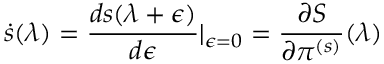
\dot { s } ( \lambda ) = \frac { d s ( \lambda + \epsilon ) } { d \epsilon } \vert _ { \epsilon = 0 } = \frac { \partial S } { \partial \pi ^ { ( s ) } } ( \lambda )